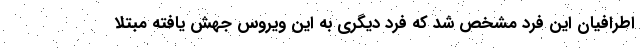
اطرافیان این فرد مشخص شد که فرد دیگری به این ویروس جهش یافته مبتلا